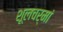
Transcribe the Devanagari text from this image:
शूलचर्मां